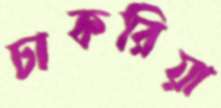
চাকরিয়া